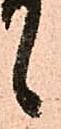
候